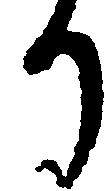
り